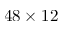
4 8 \times 1 2